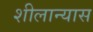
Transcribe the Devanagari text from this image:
शीलान्यास